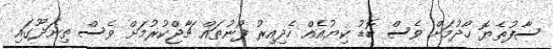
ސާފުތެޔޮ ހޯދުމަށް ވެސް ބޮޑު ކިޔުއެއް ހެދިއިރު ފޯނުތައް ޗާޖްކުރުމަށް ވެސް ތިނަދޫގައި